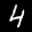
Label: 4